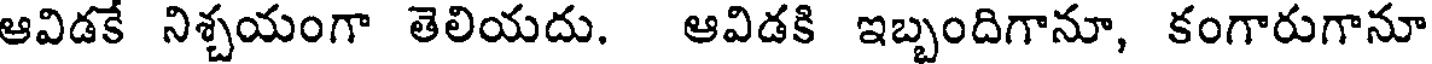
ఆవిడకే నిశ్చయంగా తెలియదు. ఆవిడకి ఇబ్బందిగానూ, కంగారుగానూ